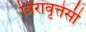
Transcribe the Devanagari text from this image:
त्रिरावृत्तेसी